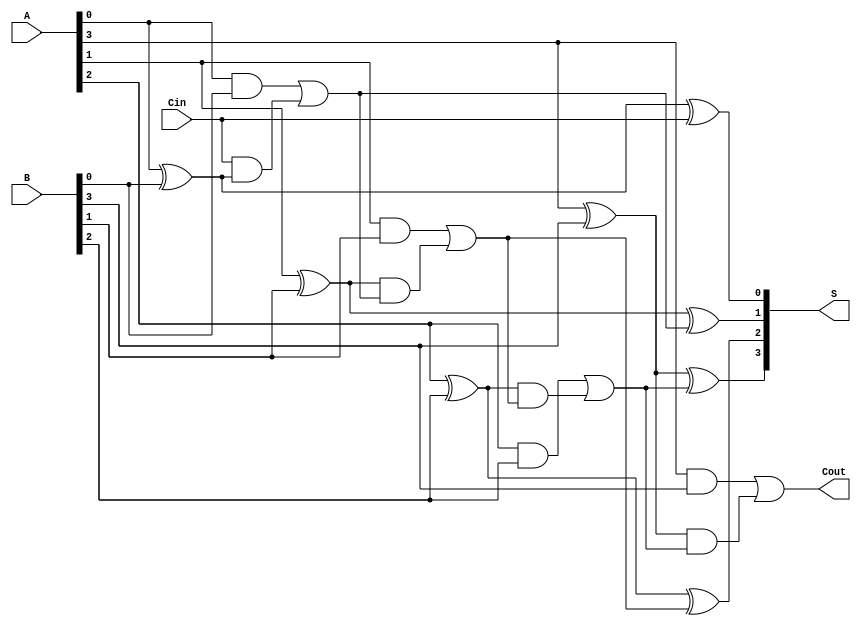
module HanCarlsonAdder #(parameter N = 4) (
    input  [N-1:0] A,      // First n-bit input
    input  [N-1:0] B,      // Second n-bit input
    input          Cin,     // Carry-in
    output [N-1:0] S,      // Sum output
    output         Cout     // Carry-out
);

    wire [N:0] C;          // Carry signals, C[0] is Cin

    // Assign the carry-in to C[0]
    assign C[0] = Cin;

    // Carry generation logic
    genvar i;
    generate
        for (i = 0; i < N; i = i + 1) begin : carry_gen
            if (i == 0) begin
                // For the least significant bit
                assign C[i + 1] = (A[i] & B[i]) | (C[i] & (A[i] ^ B[i]));
            end else begin
                // For subsequent bits
                assign C[i + 1] = (A[i] & B[i]) | ((A[i] ^ B[i]) & C[i]);
            end
        end
    endgenerate

    // Sum calculation logic
    generate
        for (i = 0; i < N; i = i + 1) begin : sum_calc
            assign S[i] = A[i] ^ B[i] ^ C[i];
        end
    endgenerate

    // Carry-out
    assign Cout = C[N];

endmodule